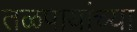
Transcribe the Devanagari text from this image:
तळपायांच्या